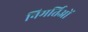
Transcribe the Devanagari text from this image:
निमर्तिओं